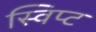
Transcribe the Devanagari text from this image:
स्विप्ट